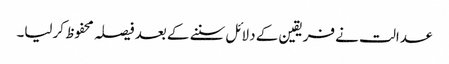
عدالت نے فریقین کے دلائل سننے کے بعد فیصلہ محفوظ کرلیا۔